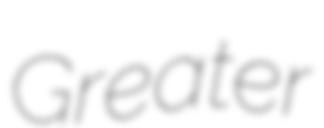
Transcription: Greater